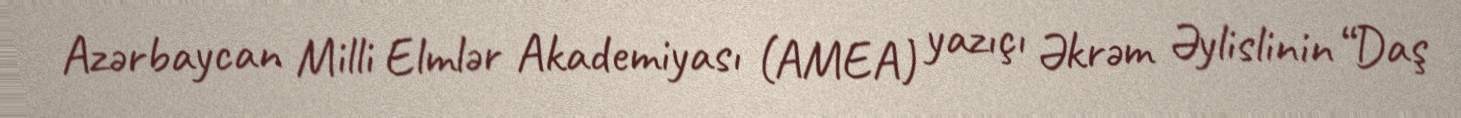
Azərbaycan Milli Elmlər Akademiyası (AMEA) yazıçı Əkrəm Əylislinin “Daş